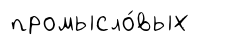
промысло́вых